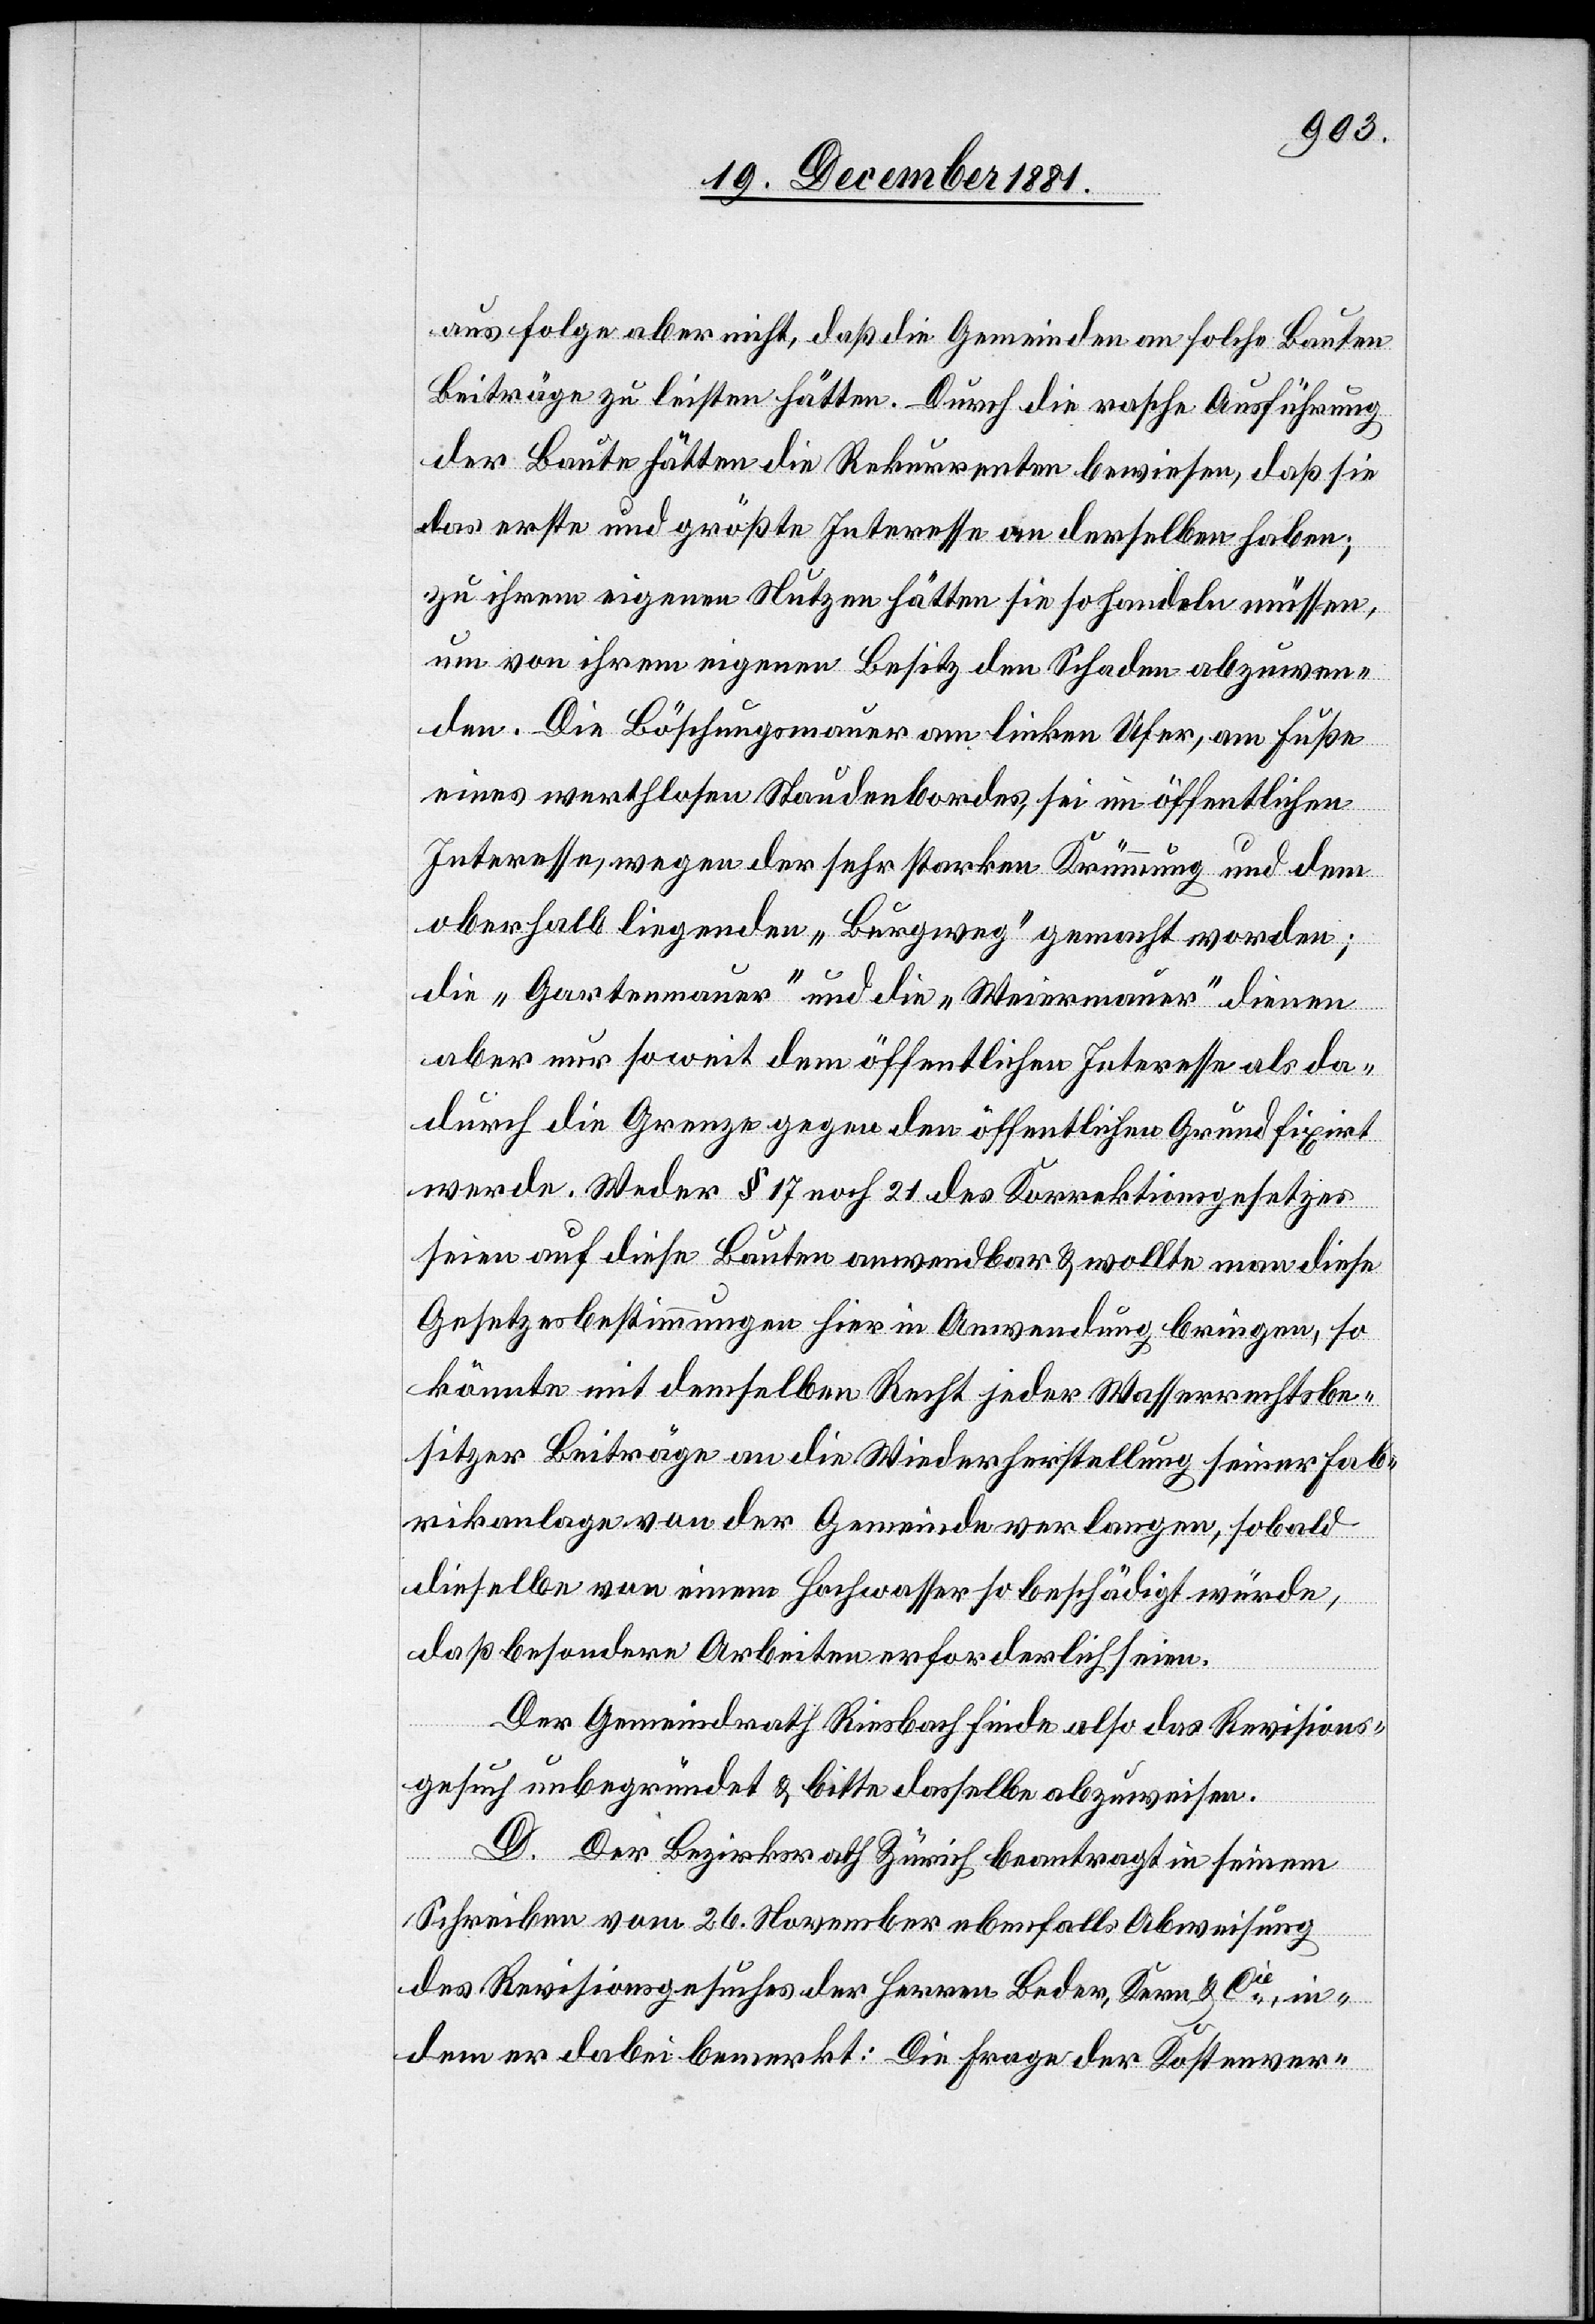
aus folge aber nicht, daß die Gemeinden an solche Bauten
Beiträge zu leisten hätten. Durch die rasche Ausführung
der Baute hätten die Rekurrenten bewiesen, daß sie
das erste und größte Interesse an derselben haben;
zu ihrem eigenen Nutzen hätten sie so handeln müssen,
um von ihrem eigenen Besitz den Schaden abzuwen¬
den. Die Böschungsmauer am linken Ufer, am Fuße
eines werthlosen Staudenbordes, sei im öffentlichen
Interesse, wegen der sehr starken Krümmung und dem
oberhalb liegenden „Burgweg“ gemacht worden;
die „Gartenmauer“ und die „Weiermauer“ dienen
aber nur soweit dem öffentlichen Interesse als da¬
durch die Grenze gegen den öffentlichen Grund fixirt
werde. Weder § 17 noch 21 des Korrektionsgesetzes
seien auf diese Bauten anwendbar & wollte man diese
Gesetzesbestimmungen hier in Anwendung bringen, so
könnte mit demselben Recht jeder Wasserrechtsbe¬
sitzer Beiträge an die Wiederherstellung seiner Fab¬
rikanlage von der Gemeinde verlangen, sobald
dieselbe von einem Hochwasser so beschädigt würde,
daß besondere Arbeiten erforderlich seien.
Der Gemeindrath Riesbach finde also das Revisions¬
gesuch unbegründet & bitte dasselbe abzuweisen.
D. Der Bezirksrath Zürich beantragt in seinem
Schreiben vom 26. November ebenfalls Abweisung
des Revisionsgesuches der Herren Beder, Kern & Cie, in¬
dem er dabei bemerkt: Die Frage der Kostenver-